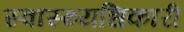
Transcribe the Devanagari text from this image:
स्वास्थ्यधिकारी